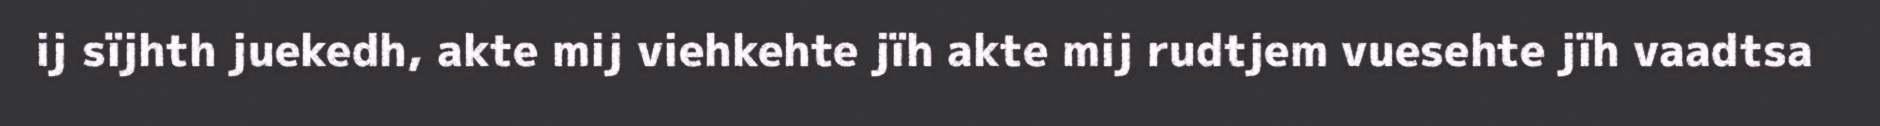
ij sïjhth juekedh, akte mij viehkehte jïh akte mij rudtjem vuesehte jïh vaadtsa